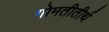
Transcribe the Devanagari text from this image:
गोमतीतीर्थ